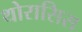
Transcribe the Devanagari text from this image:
थोरासिस